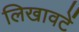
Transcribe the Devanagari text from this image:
लिखावटें